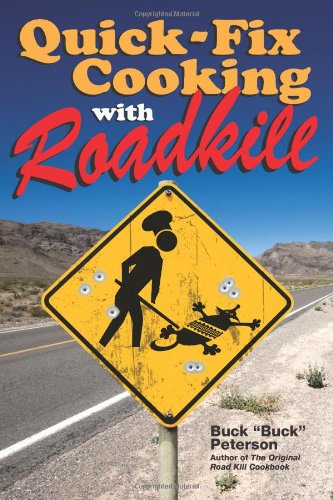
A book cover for Quick-Fix Cooking with Roadkill; Buck Peterson; Humor & Entertainment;